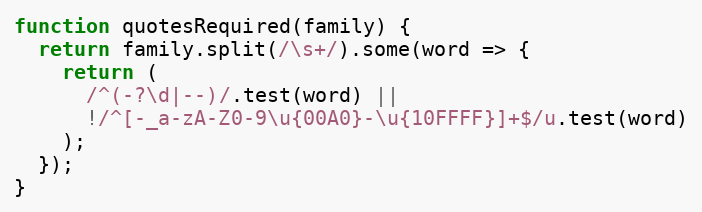
Language: JavaScript
function quotesRequired(family) {
  return family.split(/\s+/).some(word => {
    return (
      /^(-?\d|--)/.test(word) ||
      !/^[-_a-zA-Z0-9\u{00A0}-\u{10FFFF}]+$/u.test(word)
    );
  });
}